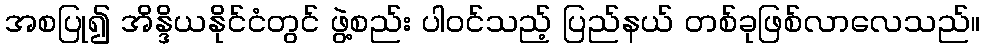
အစပြု၍ အိန္ဒိယနိုင်ငံတွင် ဖွဲ့စည်း ပါဝင်သည့် ပြည်နယ် တစ်ခုဖြစ်လာလေသည်။